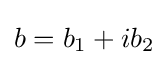
b=b_{1}+ib_{2}